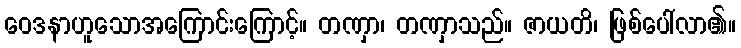
ဝေဒနာဟူသောအကြောင်းကြောင့်။ တဏှာ၊ တဏှာသည်။ ဇာယတိ၊ ဖြစ်ပေါ်လာ၏။